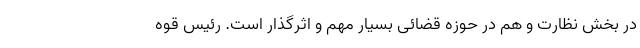
در بخش نظارت و هم در حوزه قضائی بسیار مهم و اثرگذار است. رئیس قوه